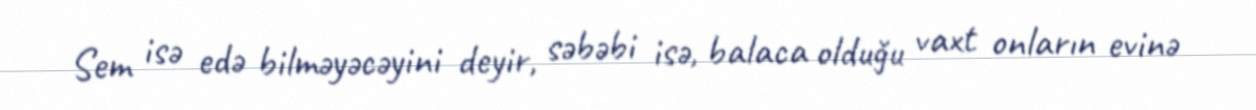
Sem isə edə bilməyəcəyini deyir, səbəbi isə, balaca olduğu vaxt onların evinə